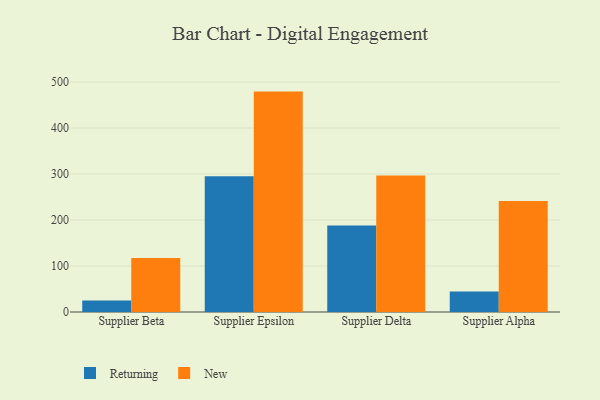
{"axis": {"x": "Supplier", "y": "Humidity (%)"}, "legend": ["New", "Returning"], "data": [{"x": "Supplier Beta", "y": 24.8, "type": "Returning"}, {"x": "Supplier Beta", "y": 117.4, "type": "New"}, {"x": "Supplier Epsilon", "y": 295.1, "type": "Returning"}, {"x": "Supplier Epsilon", "y": 479.2, "type": "New"}, {"x": "Supplier Delta", "y": 188.0, "type": "Returning"}, {"x": "Supplier Delta", "y": 296.7, "type": "New"}, {"x": "Supplier Alpha", "y": 44.8, "type": "Returning"}, {"x": "Supplier Alpha", "y": 241.4, "type": "New"}]}